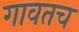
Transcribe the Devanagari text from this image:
गावतच